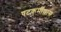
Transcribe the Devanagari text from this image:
षटकर्मील्लास